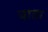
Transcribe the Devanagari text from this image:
बाता